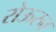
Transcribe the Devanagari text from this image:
रोऊरन